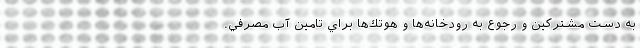
به دست مشتركين و رجوع به رودخانه‌ها و هوتك‌ها براي تامين آب مصرفي.